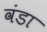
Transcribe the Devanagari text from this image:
वंडा